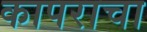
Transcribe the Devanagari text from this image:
कापराचा